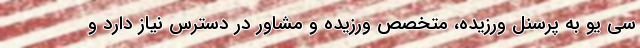
سی یو به پرسنل ورزیده، متخصص ورزیده و مشاور در دسترس نیاز دارد و